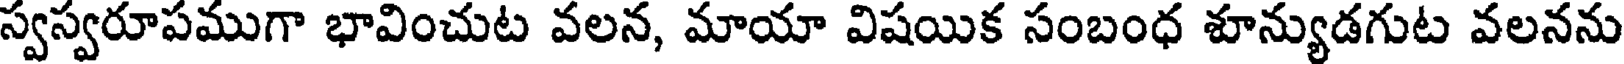
స్వస్వరూపముగా భావించుట వలన, మాయా విషయిక సంబంధ శూన్యుడగుట వలనను